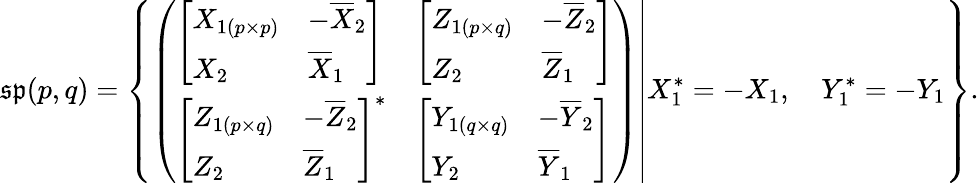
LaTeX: {\mathfrak{sp}}(p,q)=\left\{ \left.{\left(\begin{array}{ll}{{\left[\begin{array}{ll}{X_{1(p\times p)}}&{-{\overline{{X}}}_{2}}\\ {X_{2}}&{{\overline{{X}}}_{1}}\end{array}\right]}}&{{\left[\begin{array}{ll}{Z_{1(p\times q)}}&{-{\overline{{Z}}}_{2}}\\ {Z_{2}}&{{\overline{{Z}}}_{1}}\end{array}\right]}}\\ {{\left[\begin{array}{ll}{Z_{1(p\times q)}}&{-{\overline{{Z}}}_{2}}\\ {Z_{2}}&{{\overline{{Z}}}_{1}}\end{array}\right]}^{*}}&{{\left[\begin{array}{ll}{Y_{1(q\times q)}}&{-{\overline{{Y}}}_{2}}\\ {Y_{2}}&{{\overline{{Y}}}_{1}}\end{array}\right]}}\end{array}\right)}\right|X_{1}^{*}=-X_{1},\quad Y_{1}^{*}=-Y_{1}\right\} .